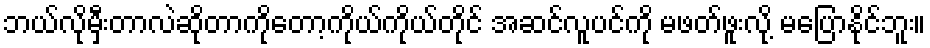
ဘယ်လိုမှီးတာလဲဆိုတာကိုတော့ကိုယ်ကိုယ်တိုင် အဆင်လူပင်ကို မဖတ်ဖူးလို့ မပြောနိုင်ဘူး။